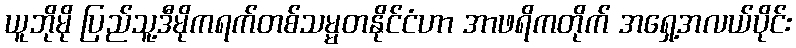
ယူဘိုမို ပြည်သူ့ဒီမိုကရက်တစ်သမ္မတနိုင်ငံဟာ အာဖရိကတိုက် အရှေ့အလယ်ပိုင်း